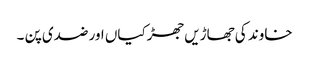
خاوند کی جھاڑیں جھڑکیاں اور ضدی پن ۔